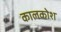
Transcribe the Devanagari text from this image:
कालकोश